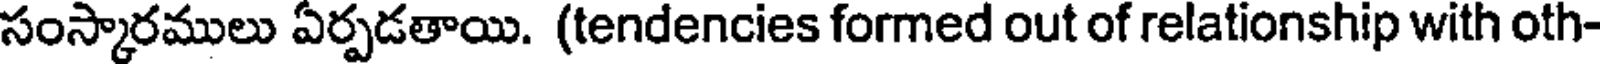
సంస్కారములు ఏర్పడతాయి. (tendencies formed out of relationship with oth-